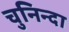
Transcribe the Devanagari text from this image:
चुनिन्‍दा